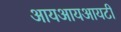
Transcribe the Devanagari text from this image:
आयआयआयटी